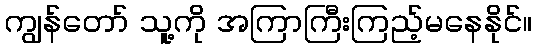
ကျွန်တော် သူ့ကို အကြာကြီးကြည့်မနေနိုင်။